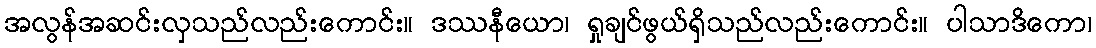
အလွန်အဆင်းလှသည်လည်းကောင်း။ ဒဿနီယော၊ ရှုချင်ဖွယ်ရှိသည်လည်းကောင်း။ ပါသာဒိကော၊